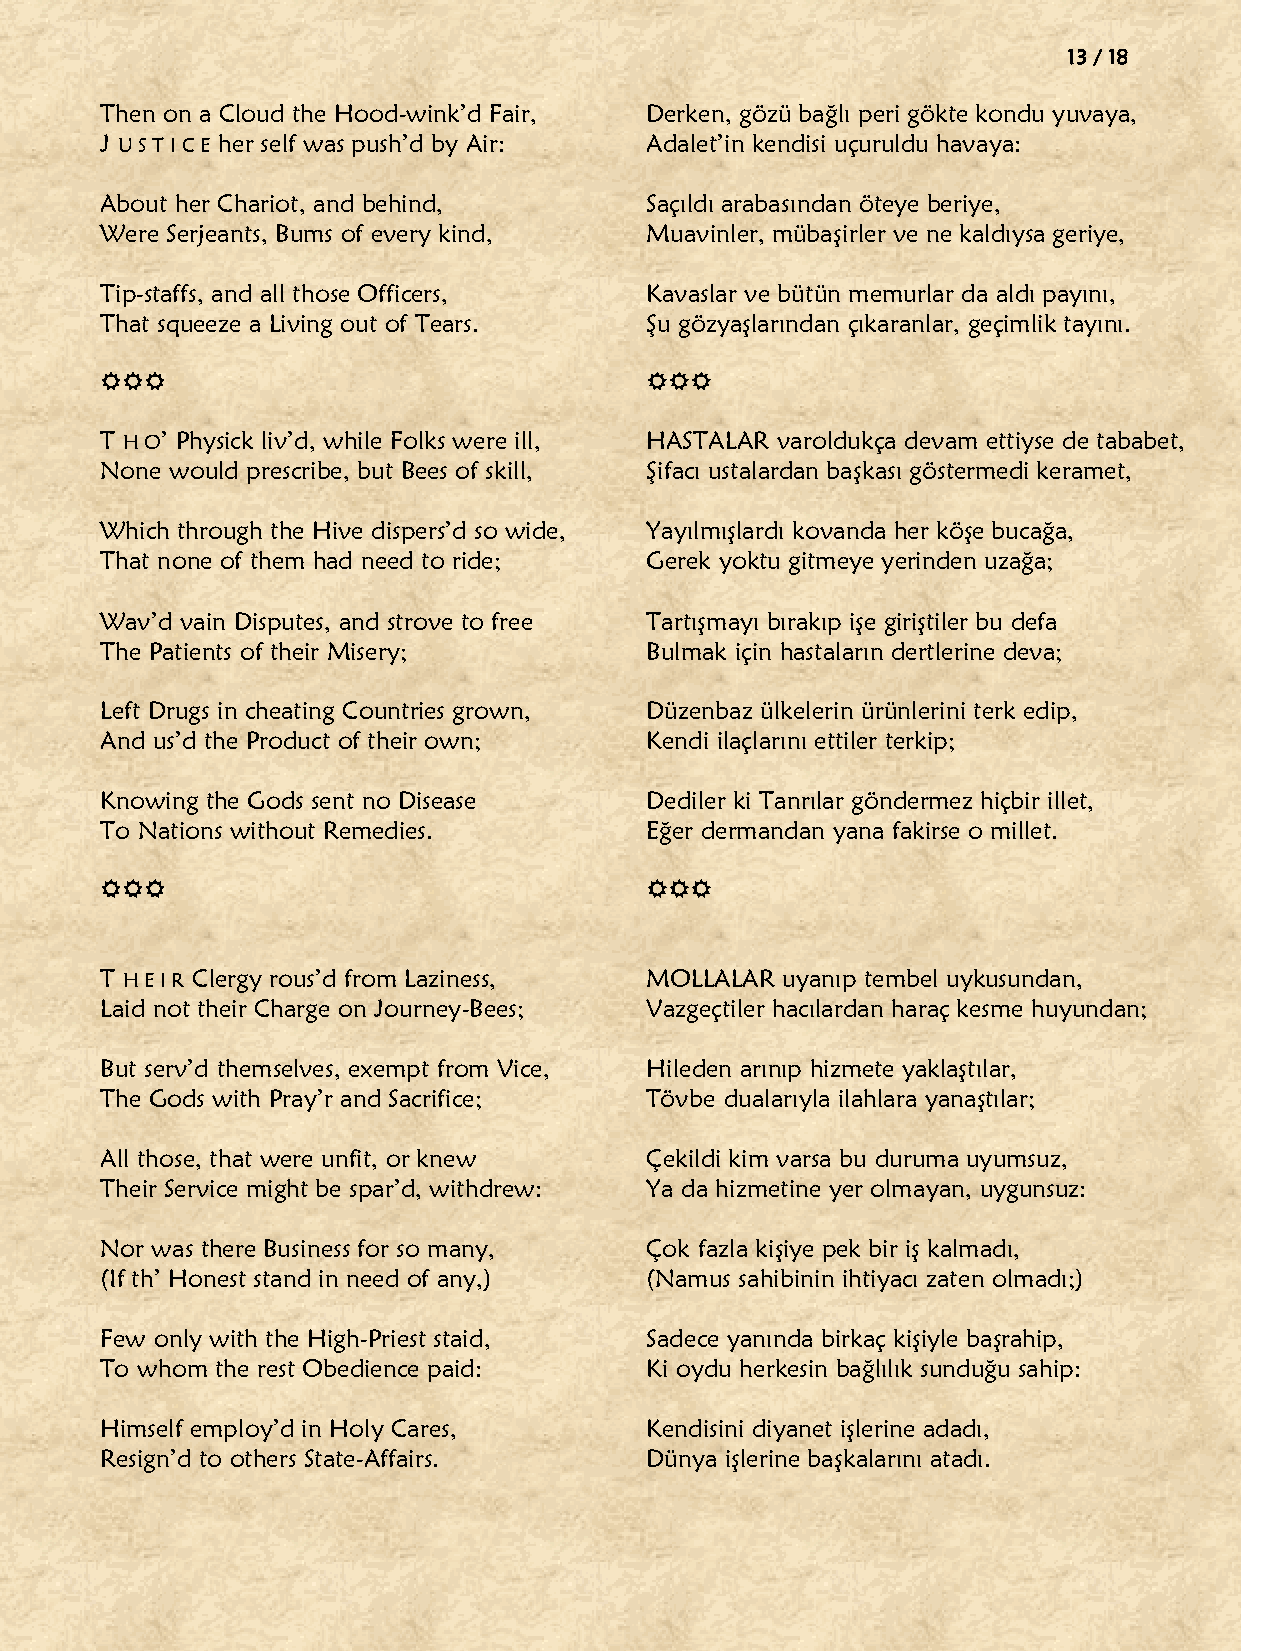
13 / 18
 Then on a Cloud the Hood-wink’d Fair, Derken, gözü bağlı peri gökte kondu yuvaya,
 J U S T I C E her self was push’d by Air: Adalet’in kendisi uçuruldu havaya:
 About her Chariot, and behind,      Saçıldı arabasından öteye beriye,
 Were Serjeants, Bums of every kind, Muavinler, mübaĢirler ve ne kaldıysa geriye,
 Tip-staffs, and all those Officers, Kavaslar ve bütün memurlar da aldı payını,
 That squeeze a Living out of Tears. ġu gözyaĢlarından çıkaranlar, geçimlik tayını.
                                  
 T H O’ Physick liv’d, while Folks were ill, HASTALAR varoldukça devam ettiyse de tababet,
 None would prescribe, but Bees of skill, ġifacı ustalardan baĢkası göstermedi keramet,
 Which through the Hive dispers’d so wide, YayılmıĢlardı kovanda her köĢe bucağa,
 That none of them had need to ride; Gerek yoktu gitmeye yerinden uzağa;
 Wav’d vain Disputes, and strove to free TartıĢmayı bırakıp iĢe giriĢtiler bu defa
 The Patients of their Misery;       Bulmak için hastaların dertlerine deva;
 Left Drugs in cheating Countries grown, Düzenbaz ülkelerin ürünlerini terk edip,
 And us’d the Product of their own;  Kendi ilaçlarını ettiler terkip;
 Knowing the Gods sent no Disease    Dediler ki Tanrılar göndermez hiçbir illet,
 To Nations without Remedies.        Eğer dermandan yana fakirse o millet.
                                  
 T H E I R Clergy rous’d from Laziness, MOLLALAR uyanıp tembel uykusundan,
 Laid not their Charge on Journey-Bees; Vazgeçtiler hacılardan haraç kesme huyundan;
 But serv’d themselves, exempt from Vice, Hileden arınıp hizmete yaklaĢtılar,
 The Gods with Pray’r and Sacrifice; Tövbe dualarıyla ilahlara yanaĢtılar;
 All those, that were unfit, or knew Çekildi kim varsa bu duruma uyumsuz,
 Their Service might be spar’d, withdrew: Ya da hizmetine yer olmayan, uygunsuz:
 Nor was there Business for so many, Çok fazla kiĢiye pek bir iĢ kalmadı,
 (If th’ Honest stand in need of any,) (Namus sahibinin ihtiyacı zaten olmadı;)
 Few only with the High-Priest staid, Sadece yanında birkaç kiĢiyle baĢrahip,
 To whom the rest Obedience paid:    Ki oydu herkesin bağlılık sunduğu sahip:
 Himself employ’d in Holy Cares,     Kendisini diyanet iĢlerine adadı,
 Resign’d to others State-Affairs.   Dünya iĢlerine baĢkalarını atadı.